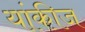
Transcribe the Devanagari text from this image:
यांकीज